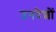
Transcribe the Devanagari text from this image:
उनदेशों